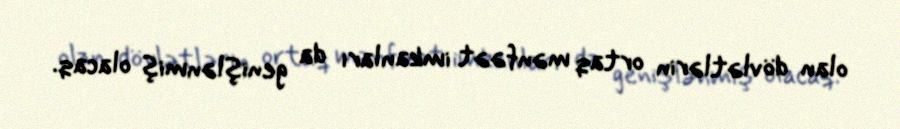
olan dövlətlərin ortaq mənfəət imkanları da genişlənmiş olacaq.